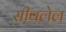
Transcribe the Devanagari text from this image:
सीवलेल